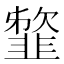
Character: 䪠